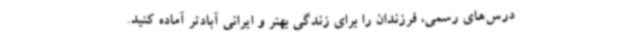
درس‌های رسمی، فرزندان را برای زندگی بهتر و ایرانی آبادتر آماده کنید.